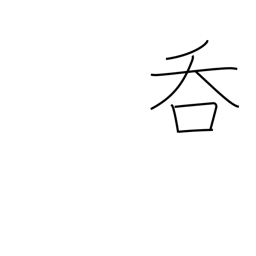
Meaning: drink